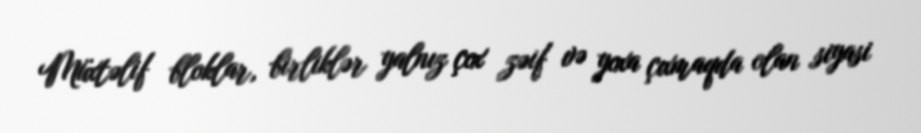
Müxtəlif bloklar, birliklər yalnız çox zəif və yoxa çıxmaqda olan siyasi